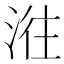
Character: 𣶂